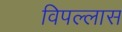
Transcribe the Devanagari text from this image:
विपल्लास